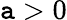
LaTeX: \mathtt{a}>0